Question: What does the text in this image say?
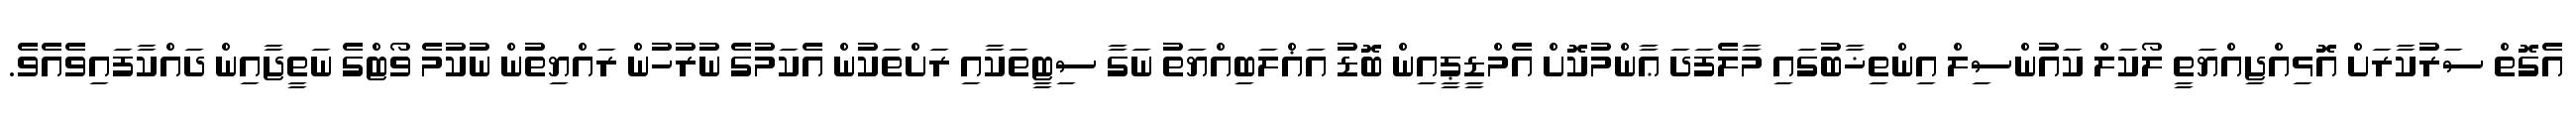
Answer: އެގޮތް ސަރުކާރަށް އޮޅިއްޖިއްޔަތީ ލޯކަލް ކައުންސިލް އިންތިޚާބުގައި މާލެފަދަ ޢާންމުކޮށް އެމްޑީޕީއިން ބޮޑު އަޣްލަބިއްޔަތު ނަގާ ސިޓީތަކާއި ރަށްތަކުން އެކަމުގެ ނުރުހުން ރައްޔިތުން ނުކުމެ ވޯޓްގެ ނަތީޖާއިން ދައްކާފައިވެއެވެ.